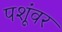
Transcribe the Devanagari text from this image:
पशूंवर